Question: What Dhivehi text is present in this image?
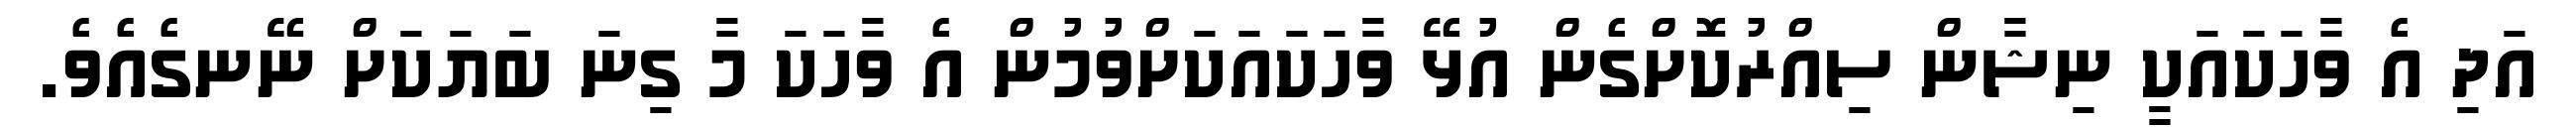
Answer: އަދި އެ ވާހަކައަކީ ނިޝާން ސިއްރުކޮށްގެން އުޅޭ ވާހަކައަކަށްވުމުން އެ ވާހަކަ މާ ގިނަ ބަޔަކަށް ނޭނގެއެވެ.